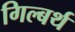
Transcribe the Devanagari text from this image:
गिल्बर्थ